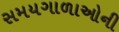
સમયગાળાઓની